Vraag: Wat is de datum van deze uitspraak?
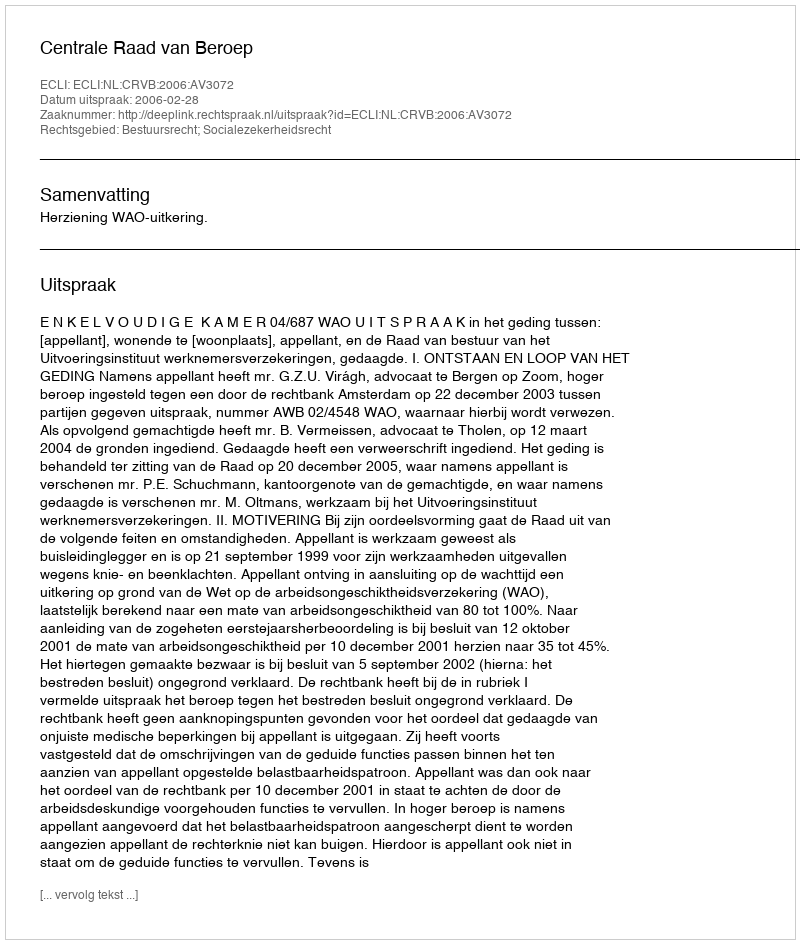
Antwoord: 2006-02-28